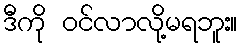
ဒီကို ဝင်လာလို့မရဘူး။